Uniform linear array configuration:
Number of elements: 12
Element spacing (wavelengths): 0.25
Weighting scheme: blackman
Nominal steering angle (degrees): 60
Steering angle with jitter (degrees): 61.295
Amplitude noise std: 0.05
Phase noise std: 0.05

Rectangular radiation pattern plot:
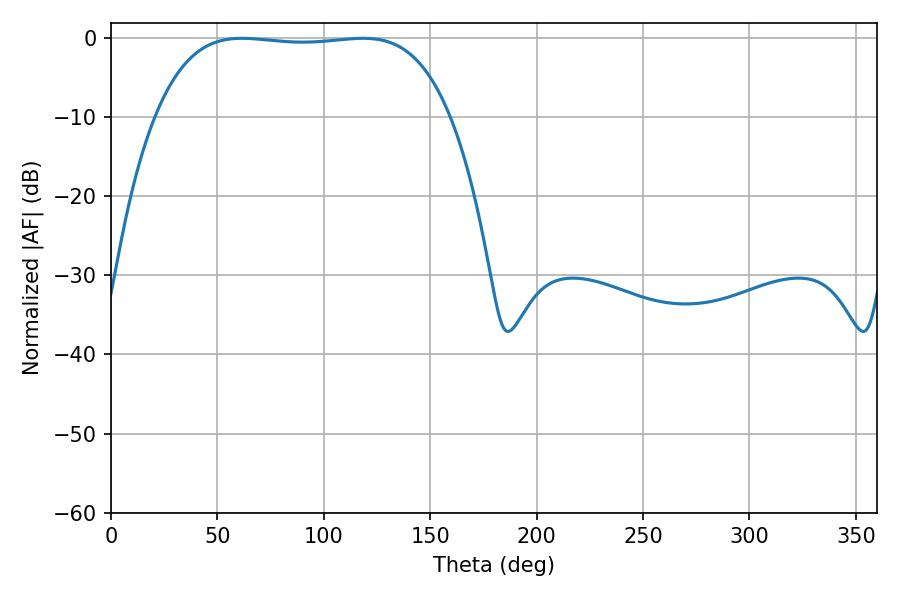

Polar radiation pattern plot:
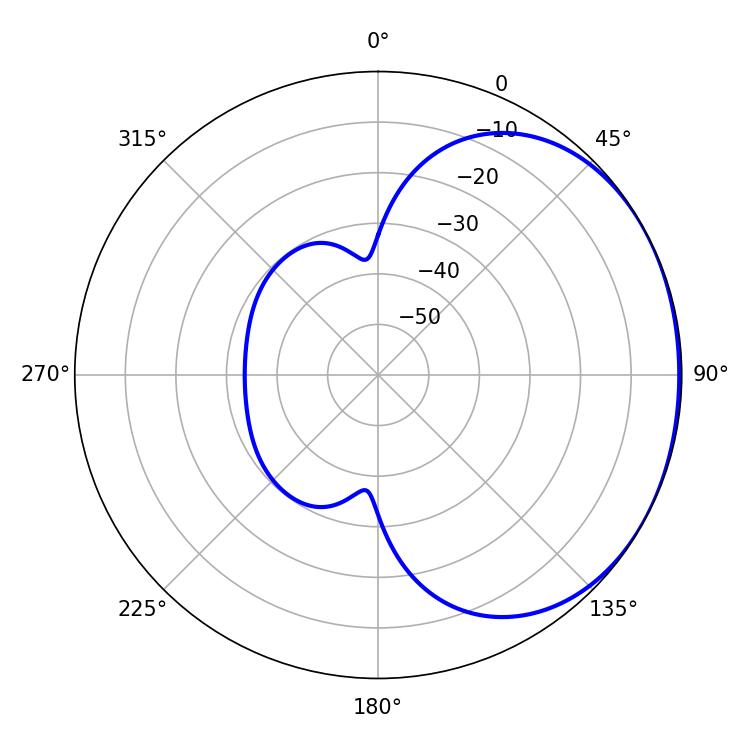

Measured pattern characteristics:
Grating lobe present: FALSE
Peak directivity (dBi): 1.115
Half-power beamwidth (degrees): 108.72
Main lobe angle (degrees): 61.56